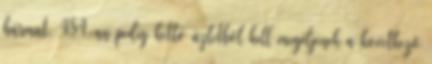
hármat, 484-an pedig kettő üzletből kell megéljenek a következő